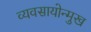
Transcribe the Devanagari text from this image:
व्यवसायोन्मुख